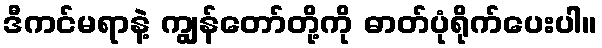
ဒီကင်မရာနဲ့ ကျွန်တော်တို့ကို ဓာတ်ပုံရိုက်ပေးပါ။